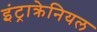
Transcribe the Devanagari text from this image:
इंट्राक्रेनियल